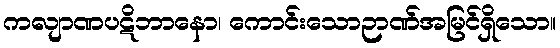
ကလျာဏပဋိဘာနော၊ ကောင်းသောဉာဏ်အမြင်ရှိသော။